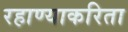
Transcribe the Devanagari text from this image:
रहाण्याकरिता